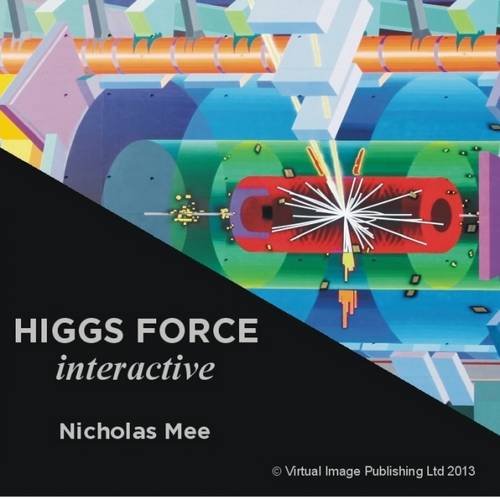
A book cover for Higgs Force Interactive; Nicholas Mee; Science & Math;